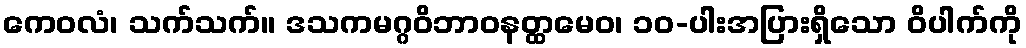
ကေဝလံ၊ သက်သက်။ ဒသကမဂ္ဂဝိဘာဝနတ္ထမေဝ၊ ၁၀-ပါးအပြားရှိသော ဝိပါက်ကို